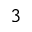
3